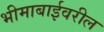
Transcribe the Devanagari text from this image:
भीमाबाईवरील